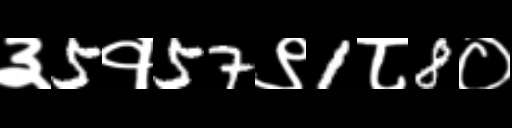
Text: ३5१57९1८8०